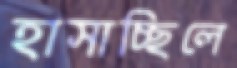
হাসাচ্ছিলে